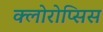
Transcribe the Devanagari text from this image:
क्लोरोप्सिस